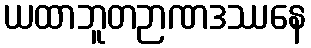
ယထာဘူတဉာဏဒဿနေ